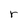
Character: r